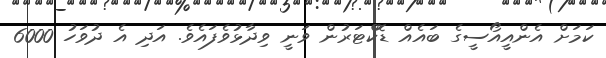
ކަމަށް އެންއީއޯސީގެ ބައެއް ޑޮކްޓަރުން ވަނީ ވިދާޅުވެފައެވެ. އަދި އެ ދުވަހު 6000